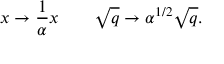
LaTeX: x \rightarrow { \frac { 1 } { \alpha } } x \qquad \sqrt { q } \rightarrow \alpha ^ { { 1 / 2 } } \sqrt { q } .